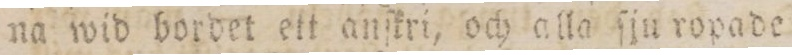
na wid bordet ett anſkri, och alla ſju ropade